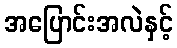
အပြောင်းအလဲနှင့်